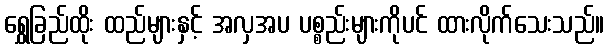
ရွှေခြည်ထိုး ထည်များနှင့် အလှအပ ပစ္စည်းများကိုပင် ထားလိုက်သေးသည်။